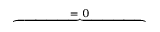
\overbrace { \phantom { \left. \sum _ { k = 1 } ^ { 3 } \partial _ { k } ( \mathbf { \tilde { H } } \times \mathrm { d } _ { \rho } \mathbf { E } ) _ { k } \right| _ { 0 } ^ { T } } } ^ { = \; 0 }